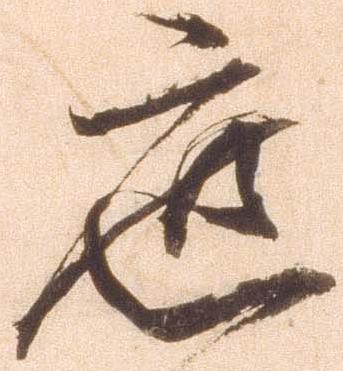
遮